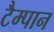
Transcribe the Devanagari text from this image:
टैम्पान